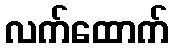
လက်ထောက်